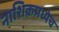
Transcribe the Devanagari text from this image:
नाशिकमध्येच